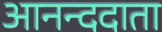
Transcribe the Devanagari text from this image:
आनन्ददाता